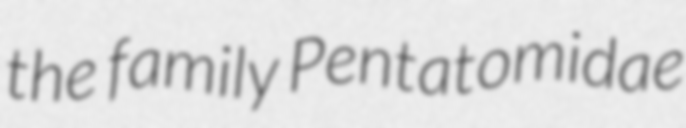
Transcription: the family Pentatomidae